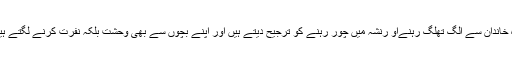
وہ خاندان سے الگ تھلگ رہنےاو رنشہ میں چور رہنے کو ترجیح دیتے ہیں اور اپنے بچوں سے بھی وحشت بلکہ نفرت کرنے لگتے ہیں۔